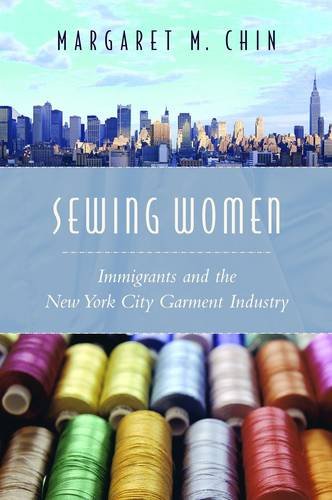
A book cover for Sewing Women: Immigrants and the New York City Garment Industry (Columbia Comparative Studies on Ethnicity and Race); Margaret M. Chin; History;